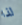
لذا